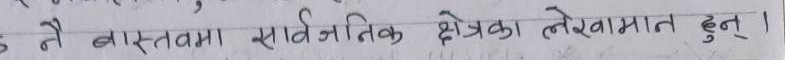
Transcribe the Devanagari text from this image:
नै वास्तवमा सार्वजनिक क्षेत्रका लेखामात हुन् ।